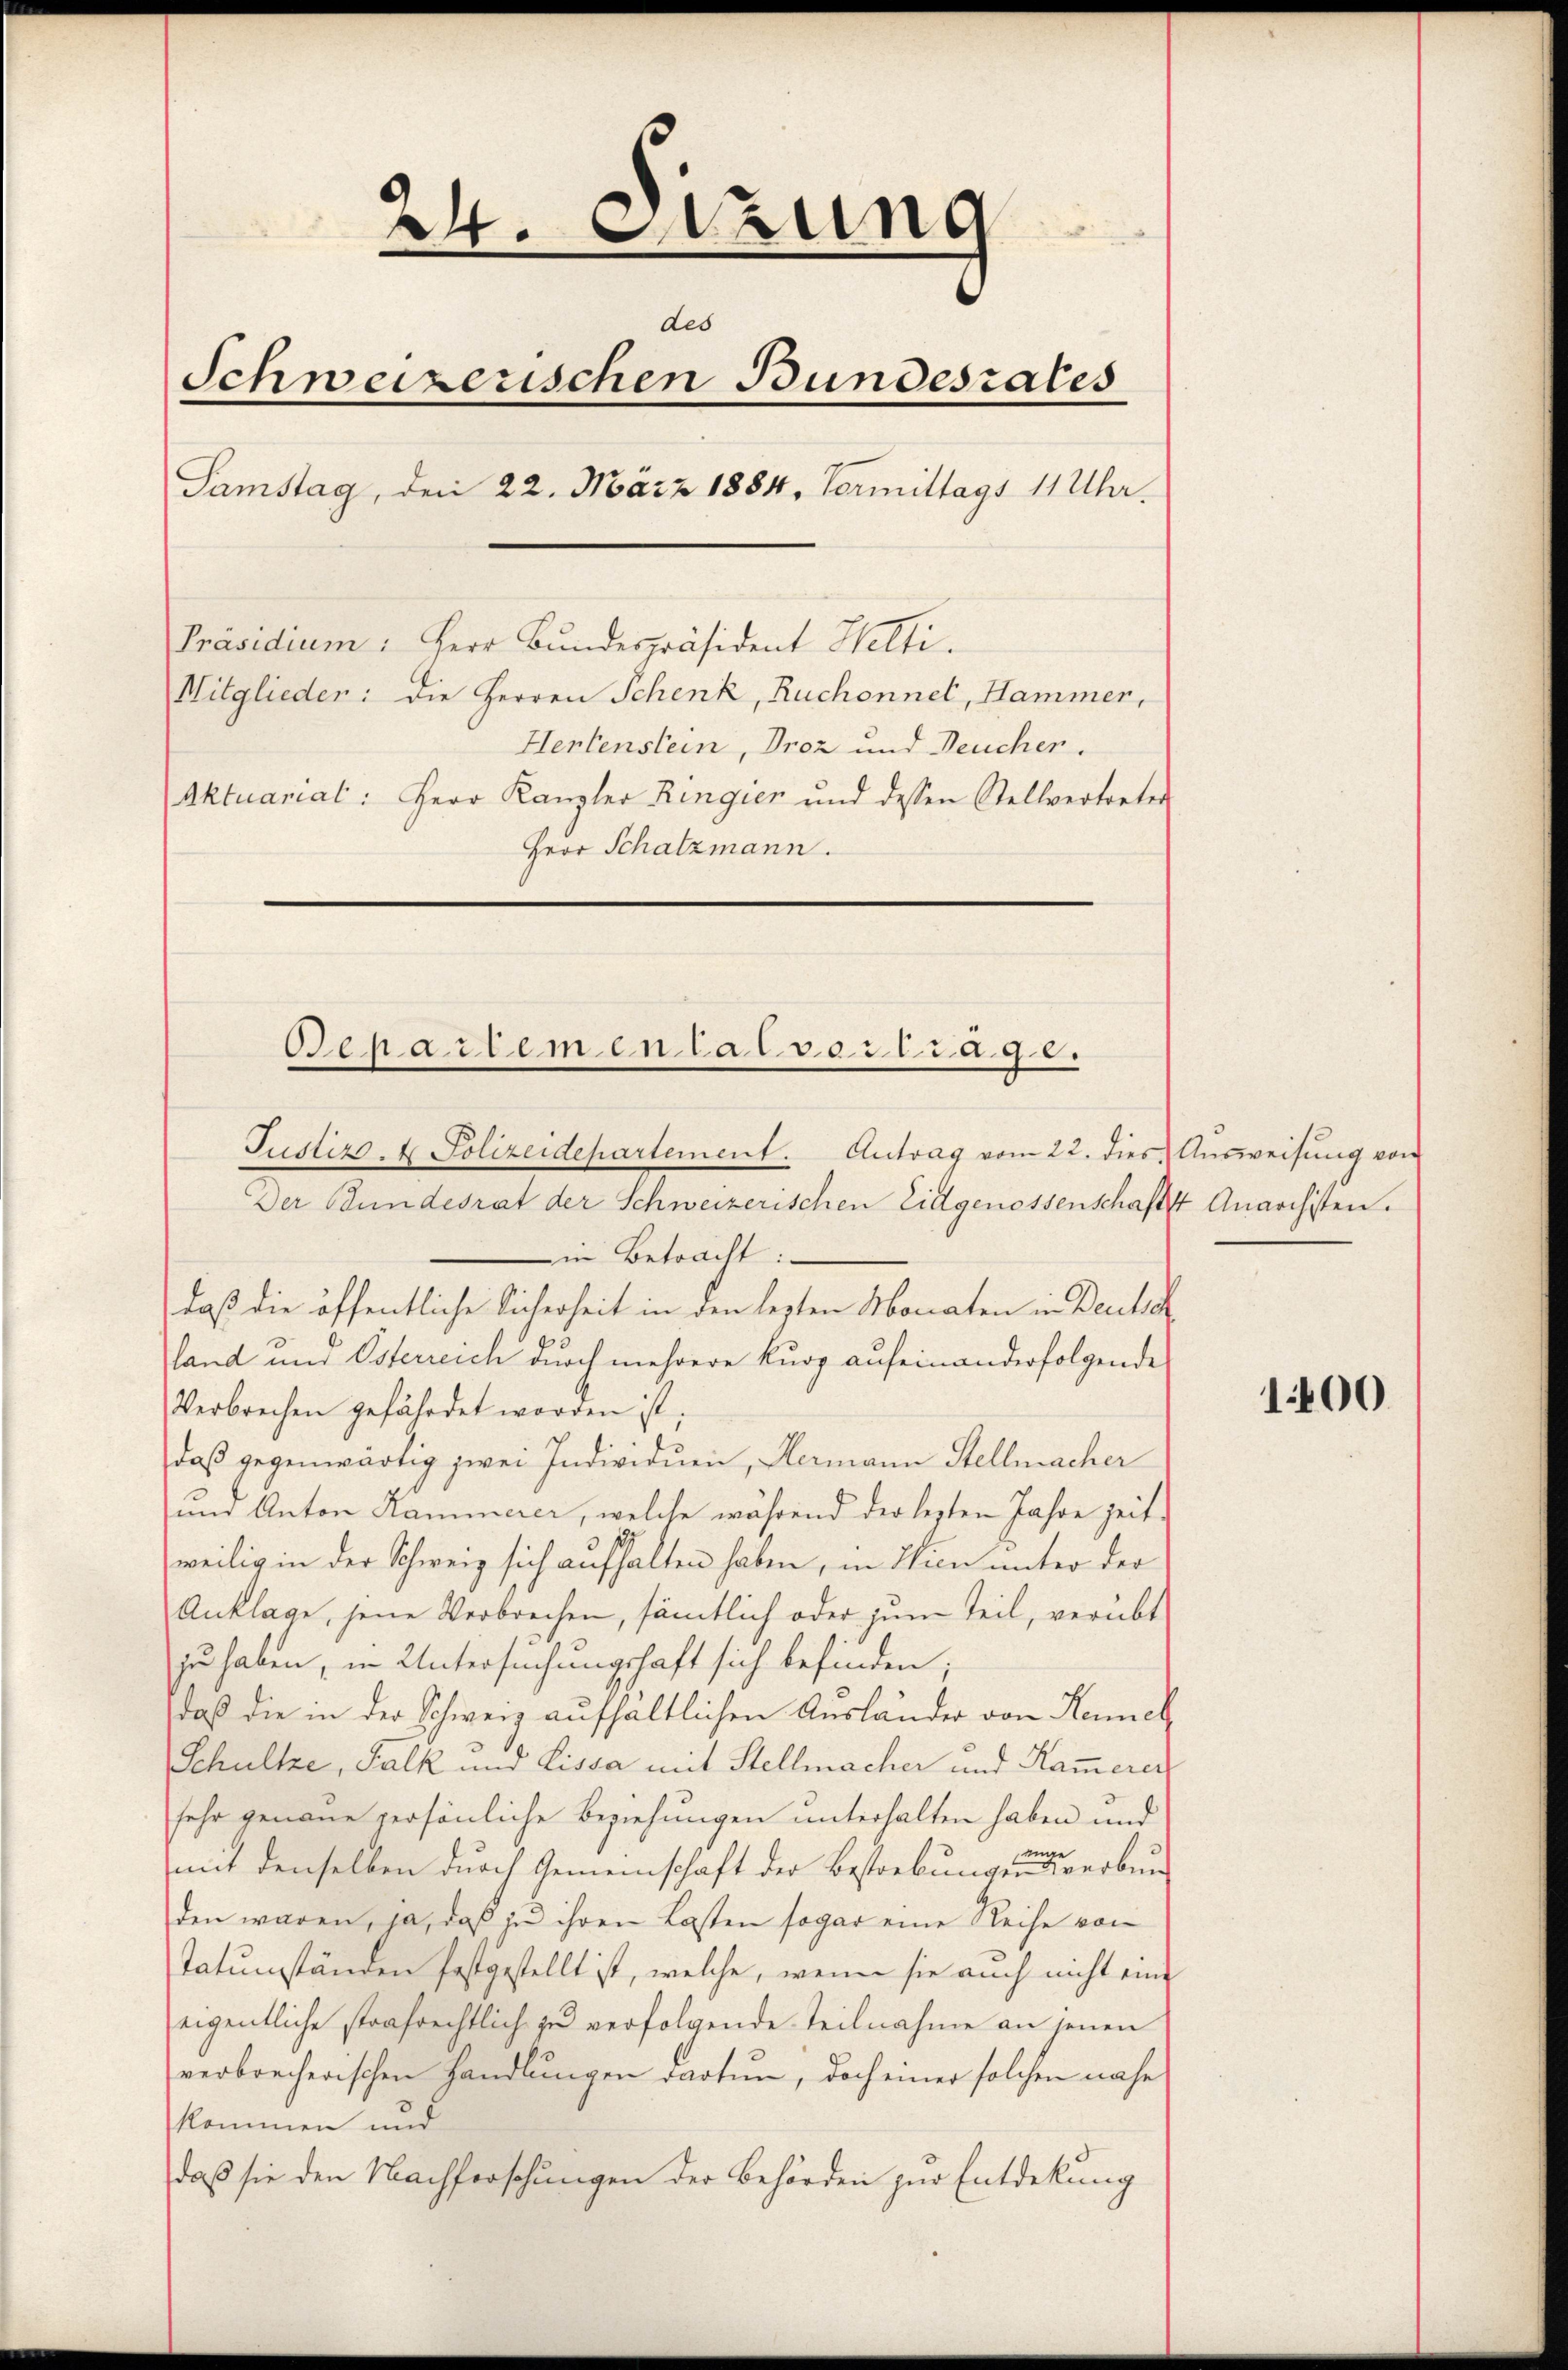
24. Sizung
des
Schweizerischen Bundesrates
Samstag, den 22. März 1884. Vormittags 11 Uhr.
Präsidium: Herr Bundespräsident Helti.
Mitglieder: die Herren Schenk, Ruchonnet, Hammer,
Hertenstein, Droz und Deucher.
Aktuariat: Herr Kanzler Ringien und dessen Stellvertreter
Herr Schatzmann.

Justizs. 4 Polizeidepartement. Antrag vom 22. dies Ausweisung von
Der Bundesrat der Schweizerischen Eidgenossenschaftst Anarchsten.

Departemen lalvertrage.

in Betracht:
daß die öffentliche Sicherheit in den lezten Monaten in Deutsch
land und Osterreich durch mehrere kurz aufeinanderfolgende
Verbrechen gefährdet worden ist;
daß gegenwärtig zwei Individuen, Hermann Stellmacher
und Anton Kammerer, welche während der lezten Jahre zeitweilig in der Schweiz sich aufhalten haben, in Wien unter der
Anklage, jene Verbrechen, sämtlich oder zum Teil, verübt
zu haben, in Untersuchungshaft sich befinden;
daß die in der Schweiz aufhältlichen Ausländer von Remich
Schultze, Falk und Lissa mit Stellmacher und Kam̅erer
sehr genaue persönliche Beziehungen unterhalten haben und
n
mit denselben durch Gemeinschaft der Bestrebungen verbunden waren, ja, daß zu ihren Kosten sogar eine Reise von
Tatumständen festgestellt ist, welche, wenn sie auch nicht eine
eigentliche strafrechtlich zu verfolgende Teilnahme an jenen
verbrecherischen Handlungen dartun, doch einer solchen nahe
kommen und
daß sie den Nachforschungen der Behörden zur Entdekung

100